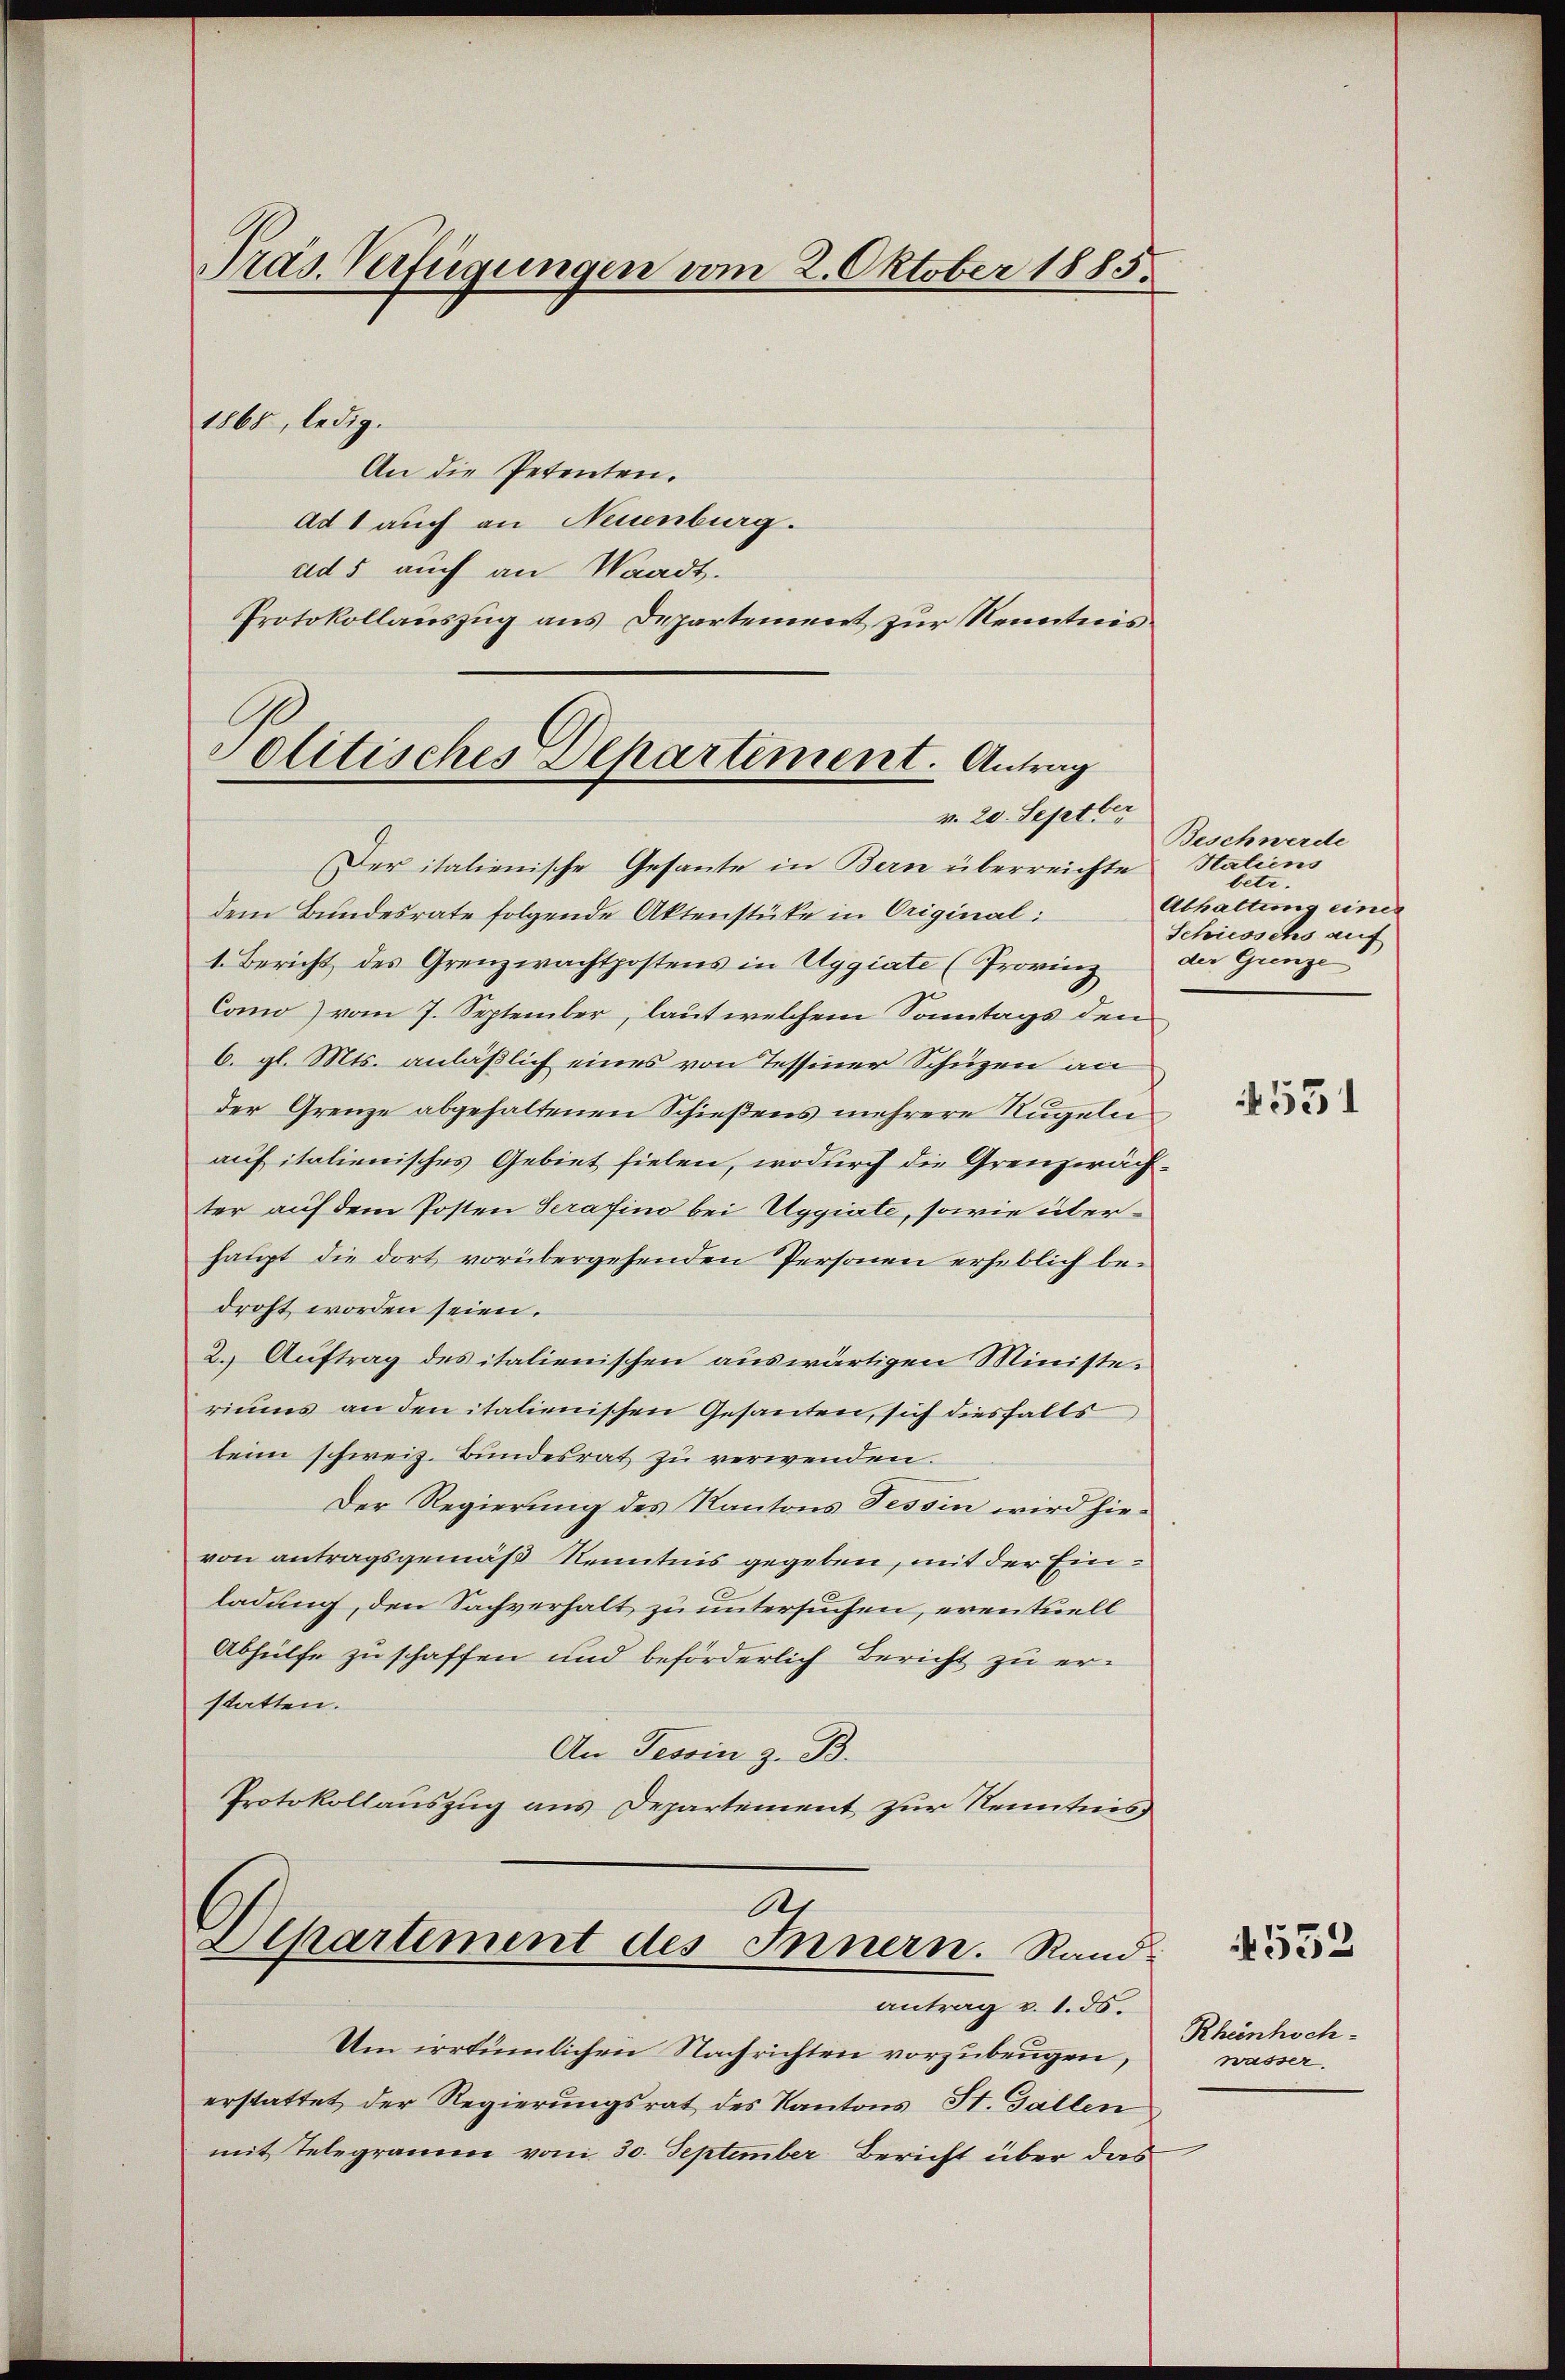
Präs. Verfügungen vom 2. Oktober 1885.

1865, ledig.
An die Petenten.
Ad 1 auch an Neuenburg.
ad 5 auch an Waadt.
Protokollauszug aus Departement zur Kenntnis¬

Politisches Departement. Antrag
v. 20. Septber

Der italienische Gesante in Bern überreichte Haliens
dem Bundesrate folgende Aktenstüke in Original:
1. Bericht des Grenzwachtpostens in Uggiate (Provinz
Como vom 7. September, laut welchem Sonntags den
6. gl. Mts. anläßlich eines von Tessiner Schüzen an
der Grenze abgehaltenen Schießens mehrere Rugeln
auf italienisches Gebiet fielen, wodurch die Grenzwächter auf dem Posten Serafino bei Uggiate, sowie überhaupt die dort vorübergehenden Personen erheblich bedroht worden seien.
2. Auftrag des italienischen auswärtigen Ministeriums an den italienischen Gesanten, sich diesfalls
beim schweiz. Bundesrat zu verwenden.
Der Regierung des Kantons Tessin wird hievon antragsgemäß Kenntnis gegeben, mit der Einladung, den Sachverhalt zu untersuchen, eventuell
Abhülfe zuschaffen und beförderlich Bericht zu er-
statten.
An Tessin z. B.
Protokollauszug aus Departement zur Kenntnis

11
Departement des Innern. Rand

antrag v. 1. ds.
Um irrtümlichen Nachrichten vorzubeugen,
erstattet der Regierungsrat des Kantons St. Gallen
mit Telegramm vom 30. September Bericht über das

Beschwerde
betr.
Abhaltung eines
Schiesschs auf
der Grenze

531

4552

Rheinhoch-
wasser.